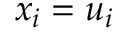
x _ { i } = u _ { i }